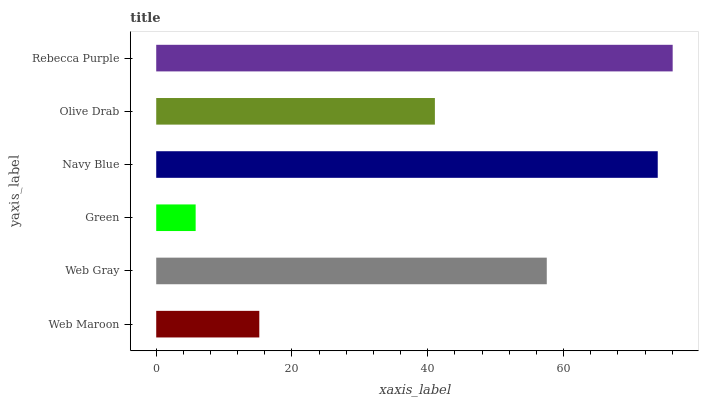
| yaxis_label | bars |
 | --- | --- |
 | Web Maroon | 15.2 |
 | Web Gray | 57.5 |
 | Green | 5.81 |
 | Navy Blue | 73.9 |
 | Olive Drab | 41 |
 | Rebecca Purple | 76.1 |